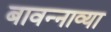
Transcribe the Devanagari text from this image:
बावन्नाव्या